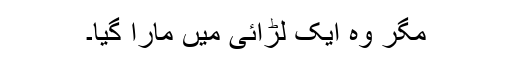
مگر وہ ایک لڑائی میں مارا گیا۔